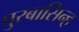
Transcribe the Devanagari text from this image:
पुरबासिन्ह